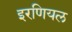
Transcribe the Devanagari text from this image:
इरणियल